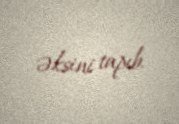
əksini tapıb.